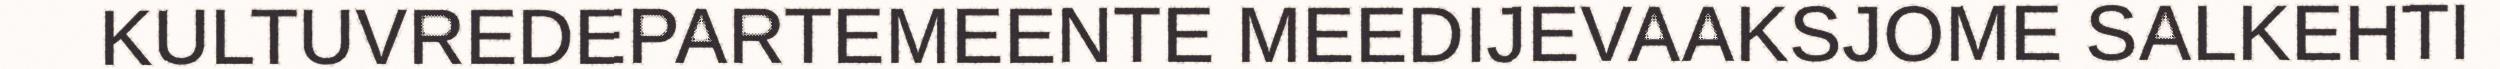
KULTUVREDEPARTEMEENTE MEEDIJEVAAKSJOME SALKEHTI